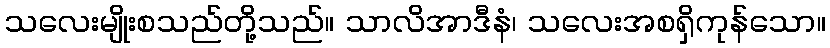
သလေးမျိုးစသည်တို့သည်။ သာလိအာဒီနံ၊ သလေးအစရှိကုန်သော။